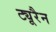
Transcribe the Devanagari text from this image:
ट्यूरैन